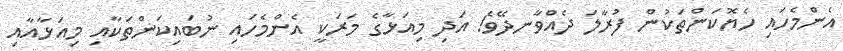
އެންމެހައި ހެޔޮކަންތަކުން ފުރާލަ ދެއްވާނދޭވެ! އަދި މިއަޅާގެ މަރަކީ އެންމެހައި ނުބައިކަންތަކާއި މިއަޅާއާއި